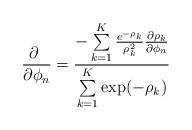
LaTeX: \begin{align*}\frac{\partial \ }{\partial \phi_n} =\frac{-\sum\limits_{k=1}^K \frac{e^{-\rho_k}}{\rho_k^2} \frac{\partial \rho_k}{\partial \phi_n}}{\sum\limits_{k=1}^K \exp(-\rho_k)}\end{align*}